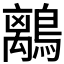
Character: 𪅆